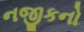
નજીકનો